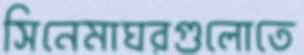
সিনেমাঘরগুলোতে